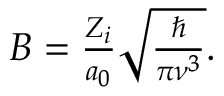
\begin{array} { r } { B = \frac { Z _ { i } } { a _ { 0 } } \sqrt { \frac { \hbar } { \pi \nu ^ { 3 } } } . } \end{array}